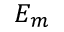
E _ { m }